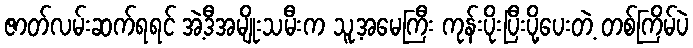
ဇာတ်လမ်းဆက်ရရင် အဲ့ဒီအမျိုးသမီးက သူ့အမေကြီး ကုန်းပိုးပြီးပို့ပေးတဲ့ တစ်ကြိမ်ပဲ